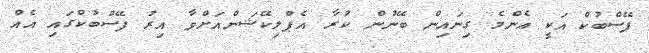
ފޭސްބުކް އަކީ އެންމެ ގިނައިން ބޭނުން ކުރާ އެޕްލިކޭޝަންއަށްވާ އިރު ފޭސްބުކްގައި އެއް